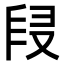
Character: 𠭊